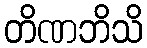
တိဏဘိသိ